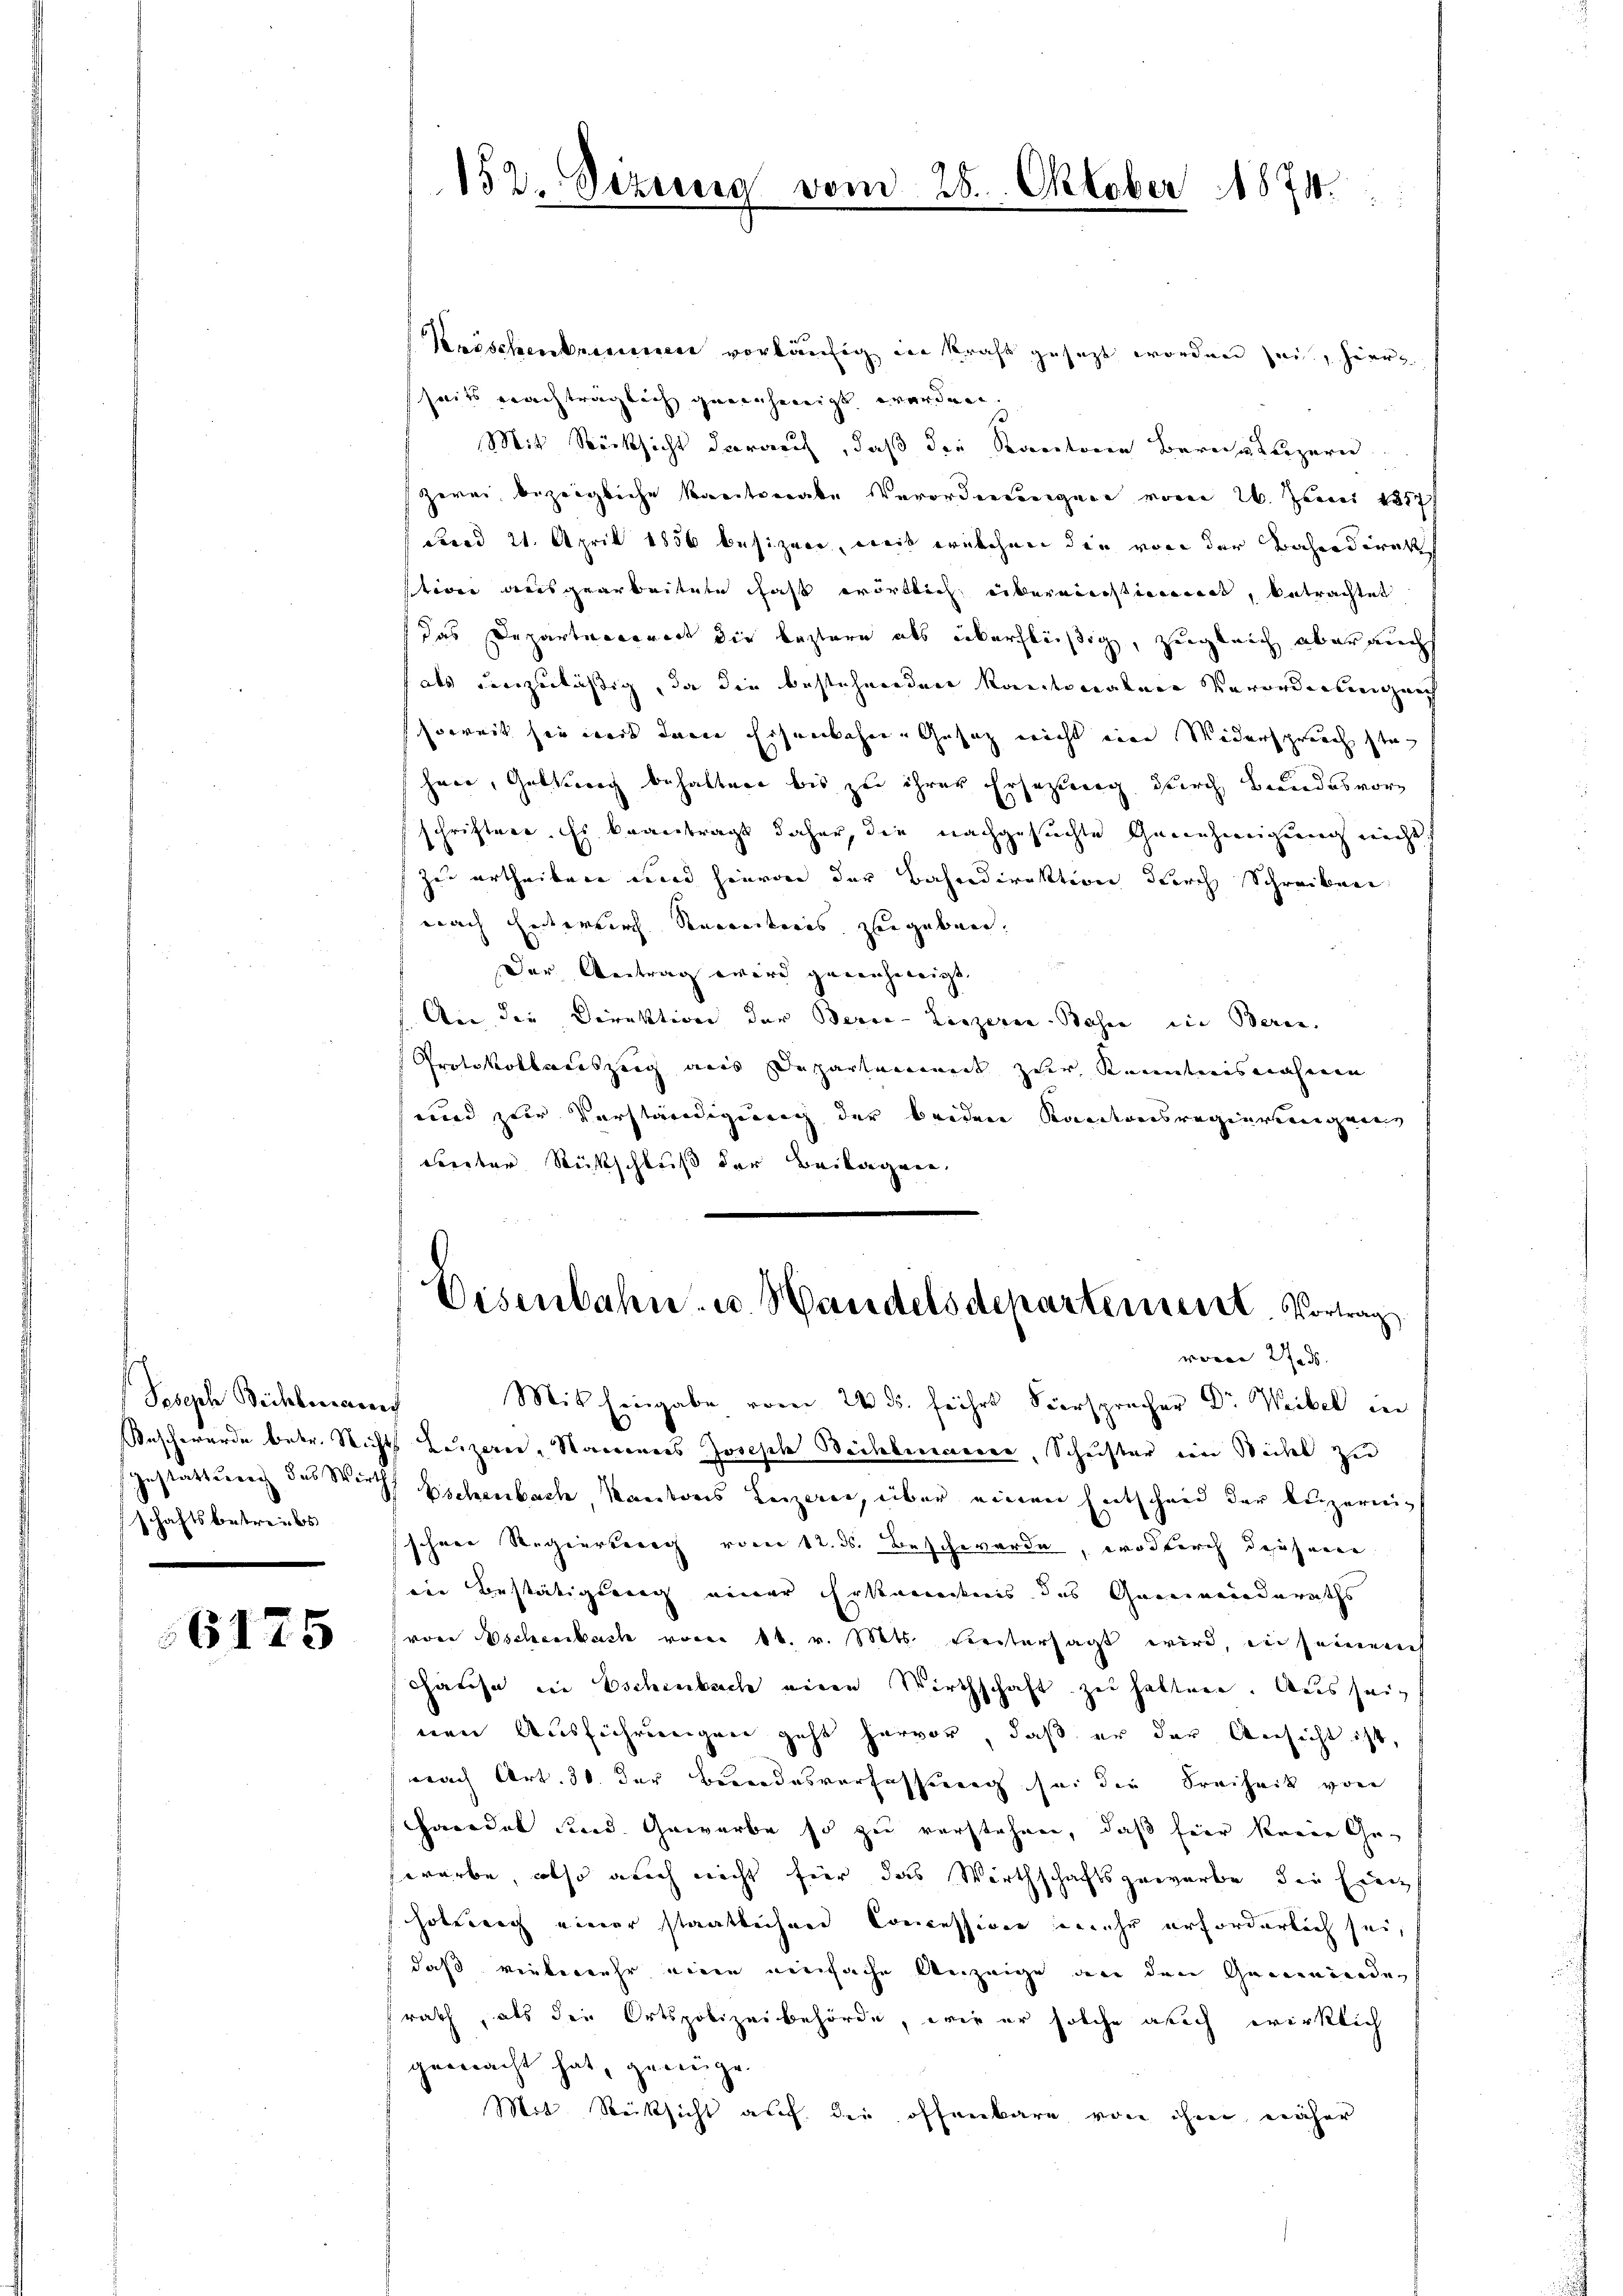
Joseph Bichlmann
schaftsbetreibs
.

6175

152. Sizung

vom 28. Oktober 1874.

Kröschenbrunnen vorläufig, in Kraft gesezt worden sei, hier
seits nachträglich genehmigt werden.
Mit Rücksicht darauf, daß die Kantonen Berein Luzern
zwei bezeigliche Kantonale Verordnungen vom 26. Juni 1857
Frod 21. April 1856 besizern, weiß welchen die von der Bahndirek
stion ausgearbeitete hast wörtlich übereinstigeret, betrachtet
das Departaecorirt die leztere als überflüßig, zugleich aber auch
als einzulässig, da die bestehereden kantonalere Verordensein auch
soweit sie wird dann Ersänkchen Gesatz nicht eine Widerspruch ste
herr, Geltung behaltere bis zu ihrer Ersatzung durch Bundesvorschriftere. Es beantragt daher, die nachgesuchte Genehmigung nicht
zu urtheilen wird hievon der Bahndirektion durch Schreiben
nach Entwurf Sonereiteres zugeben.
Der Antrag wird gerecheneigt. |
An die Direktion der Berce-Leszeren Bohne in Beren.
Protokollsauszeig aus Departenannt zur Kenntnisnahmen
und zur Verständigung der beiden Kantonsregierenigen
dierter Rückschluß der Beilagen.
Eisenbahn- u. Handelsdepartement. Vortrag
woren Stad
Mit Eingabe vom 24. ds. führt hierspracher Dr Weibel in
Kaschewurde betr. Nichts Beizeren, Namenes Joseph Bichbemerer, Schuster ein Seitel zu
sgestattung des Wirths Eschenbach, Kantons Luzern, über einen Entscheid der Luzernschere Regierung vom 12. ds. Beschwerde, wodurch desserne
eie Bestätigung einer Erkenntnis des Gemeinderaths
von Wochenbach vom 11. v. Mts. Freitersagt wird, in seiner
chause in Eschenbach eine Wirthscha
st zu haltner. Aus seinen Ausführungen geht hervor, daß er der Versicht ist,
nach Art. 30 der Besondesverfassung sei die Freiheit von
Haredet sind. Gewerbe so zu verstehen, daß hier kreie Gewarbe, also auch nicht für das Wirthschaftsgewarbe die Einz
holung einer staatlichen Concession mehr erforderlich sei,
daß vielewehr einen einfache Anzeige an den Gemeinenden
rath, als die Ortspolizeibehörde, wie er solche auch wirklich
gemacht hat, genüge.
Mit Rücksicht auf die offenbare von ihm näher